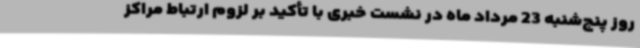
روز پنج‌شنبه 23 مرداد ماه در نشست خبری با تأکید بر لزوم ارتباط مراکز